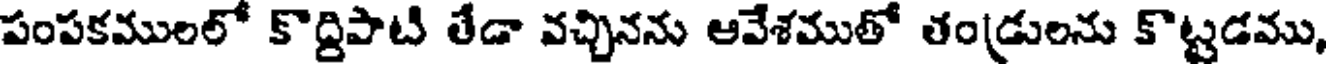
పంపకములలో కొద్దిపాటి తేడా వచ్చినను ఆవేశముతో తండ్రులను కొట్టడము,